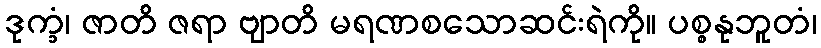
ဒုက္ခံ၊ ဇာတိ ဇရာ ဗျာတိ မရဏစသောဆင်းရဲကို။ ပစ္စနုဘူတံ၊